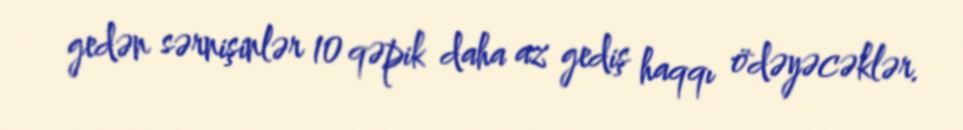
gedən sərnişinlər 10 qəpik daha az gediş haqqı ödəyəcəklər.